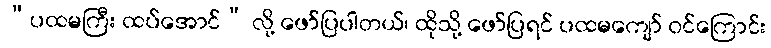
“ပထမကြီး ထပ်အောင်” လို့ ဖော်ပြပါတယ်၊ ထိုသို့ ဖော်ပြရင် ပထမကျော် ဝင်ကြောင်း